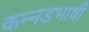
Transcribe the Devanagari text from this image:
कन्नडभाषी